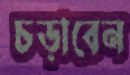
চড়াবেন